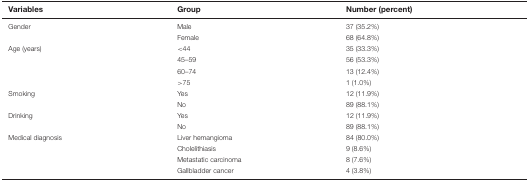
<table><thead><tr><td><b>Variables</b></td><td><b>Group</b></td><td><b>Number (percent)</b></td></tr></thead><tbody><tr><td>Gender</td><td>Male</td><td>37 (35.2%)</td></tr><tr><td></td><td>Female</td><td>68 (64.8%)</td></tr><tr><td>Age (years)</td><td>&lt;44</td><td>35 (33.3%)</td></tr><tr><td></td><td>45–59</td><td>56 (53.3%)</td></tr><tr><td></td><td>60–74</td><td>13 (12.4%)</td></tr><tr><td></td><td>&gt;75</td><td>1 (1.0%)</td></tr><tr><td>Smoking</td><td>Yes</td><td>12 (11.9%)</td></tr><tr><td></td><td>No</td><td>89 (88.1%)</td></tr><tr><td>Drinking</td><td>Yes</td><td>12 (11.9%)</td></tr><tr><td></td><td>No</td><td>89 (88.1%)</td></tr><tr><td>Medical diagnosis</td><td>Liver hemangioma</td><td>84 (80.0%)</td></tr><tr><td></td><td>Cholelithiasis</td><td>9 (8.6%)</td></tr><tr><td></td><td>Metastatic carcinoma</td><td>8 (7.6%)</td></tr><tr><td></td><td>Gallbladder cancer</td><td>4 (3.8%)</td></tr></tbody></table>